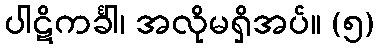
ပါဋိကင်္ခါ၊ အလိုမရှိအပ်။ (၅)